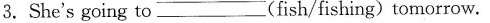
3.She's going to_(fish/fishing)tomorrow.